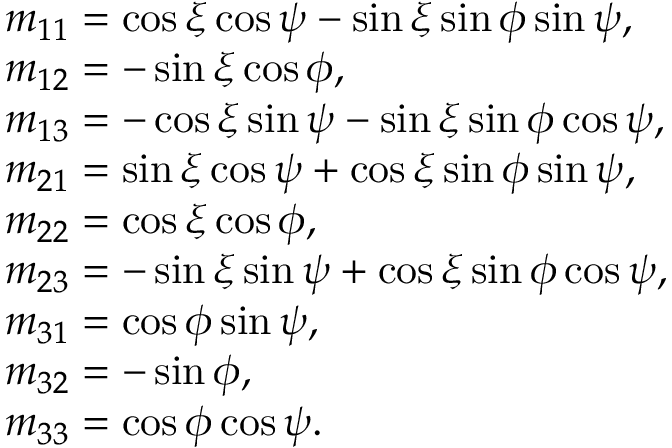
\begin{array} { r l } & { m _ { 1 1 } = \cos { \xi } \cos { \psi } - \sin { \xi } \sin { \phi } \sin { \psi } , } \\ & { m _ { 1 2 } = - \sin { \xi } \cos { \phi } , } \\ & { m _ { 1 3 } = - \cos { \xi } \sin { \psi } - \sin { \xi } \sin { \phi } \cos { \psi } , } \\ & { m _ { 2 1 } = \sin { \xi } \cos { \psi } + \cos { \xi } \sin { \phi } \sin { \psi } , } \\ & { m _ { 2 2 } = \cos { \xi } \cos { \phi } , } \\ & { m _ { 2 3 } = - \sin { \xi } \sin { \psi } + \cos { \xi } \sin { \phi } \cos { \psi } , } \\ & { m _ { 3 1 } = \cos { \phi } \sin { \psi } , } \\ & { m _ { 3 2 } = - \sin { \phi } , } \\ & { m _ { 3 3 } = \cos { \phi } \cos { \psi } . } \end{array}